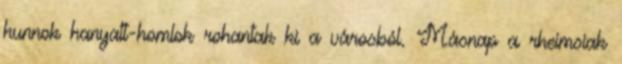
hunnok hanyatt-homlok rohantak ki a városból. Másnap a rheimsiak